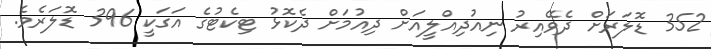
352 ޑޮލަރަށް ދެވޭއިރު ނިއުދިއްލީއަށް ދިއުމަށް ދެކޮޅު ޓިކެޓުގެ އަގަކީ 396 ޑޮލަރެވެ.